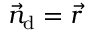
\vec { n } _ { \mathrm { d } } = \vec { r }